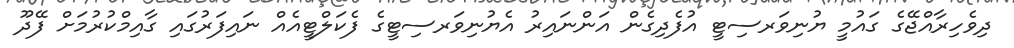
ދިވެހިރާއްޖޭގެ ގައުމީ ޔުނިވަރސިޓީ އުފެދިގެން އަންނައިރު އެޔުނިވަރސިޓީގެ ފެކަލްޓީއެއް ނައިފަރުގައި ގާއިމްކުރުމަށް ފޭދޫ